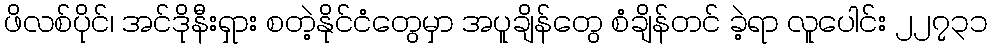
ဖိလစ်ပိုင်၊ အင်ဒိုနီးရှား စတဲ့နိုင်ငံတွေမှာ အပူချိန်တွေ စံချိန်တင် ခဲ့ရာ လူပေါင်း ၂၂၇၃၁